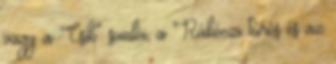
vagy a “Csík” somlói, a Rákóczi túrós és az